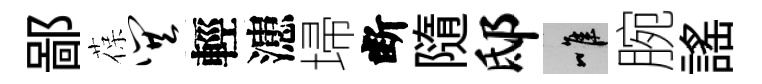
鄙葆巽輕漶埽断隨邸唯腕謡